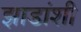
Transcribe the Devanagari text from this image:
झाडांशी